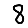
Digit: 8